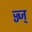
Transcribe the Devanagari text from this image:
ज्ज्ज्